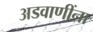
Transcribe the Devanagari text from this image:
अडवाणींना